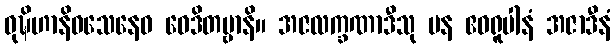
ဝုဍ္ဎိဟာနိဝသေနေဝ ဝေဒိတဗ္ဗာနိ။ အဇလက္ခဏာဒီသု ပန ဧဝရူပါနံ အဇာဒီနံ